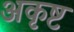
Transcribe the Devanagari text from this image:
अकृष्ट